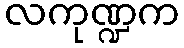
လကုဏ္ဍက